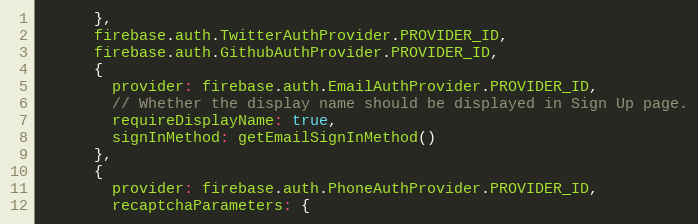
Language: JavaScript
      },
      firebase.auth.TwitterAuthProvider.PROVIDER_ID,
      firebase.auth.GithubAuthProvider.PROVIDER_ID,
      {
        provider: firebase.auth.EmailAuthProvider.PROVIDER_ID,
        // Whether the display name should be displayed in Sign Up page.
        requireDisplayName: true,
        signInMethod: getEmailSignInMethod()
      },
      {
        provider: firebase.auth.PhoneAuthProvider.PROVIDER_ID,
        recaptchaParameters: {